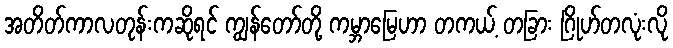
အတိတ်ကာလတုန်းကဆိုရင် ကျွန်တော်တို့ ကမ္ဘာမြေဟာ တကယ့် တခြား ဂြိုဟ်တလုံးလို